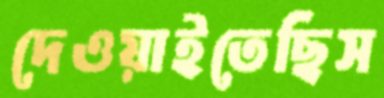
দেওয়াইতেছিস